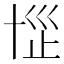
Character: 𰅷